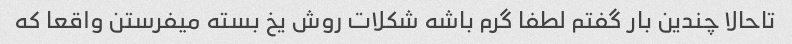
تاحالا چندین بار گفتم لطفا گرم باشه شکلات روش یخ بسته میفرستن واقعا که